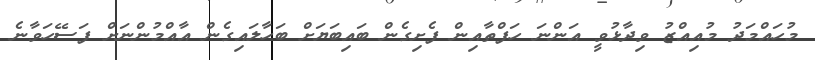
މުހައްމަދު މުއިއްޒު ވިދާޅުވީ އަންނަ ހަފްތާއިން ފެށިގެން ބައިބަޔަށް ބަހާލައިގެން އާއްމުންނަށް ފަސޭހަވާނެ